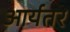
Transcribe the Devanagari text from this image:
आर्यतर